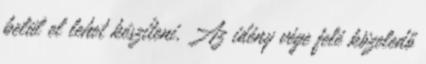
belül el lehet készíteni. Az idény vége felé közeledő